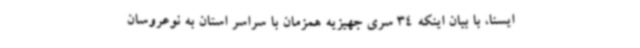
ایسنا، با بیان اینکه 34 سری جهیزیه همزمان با سراسر استان به نوعروسان